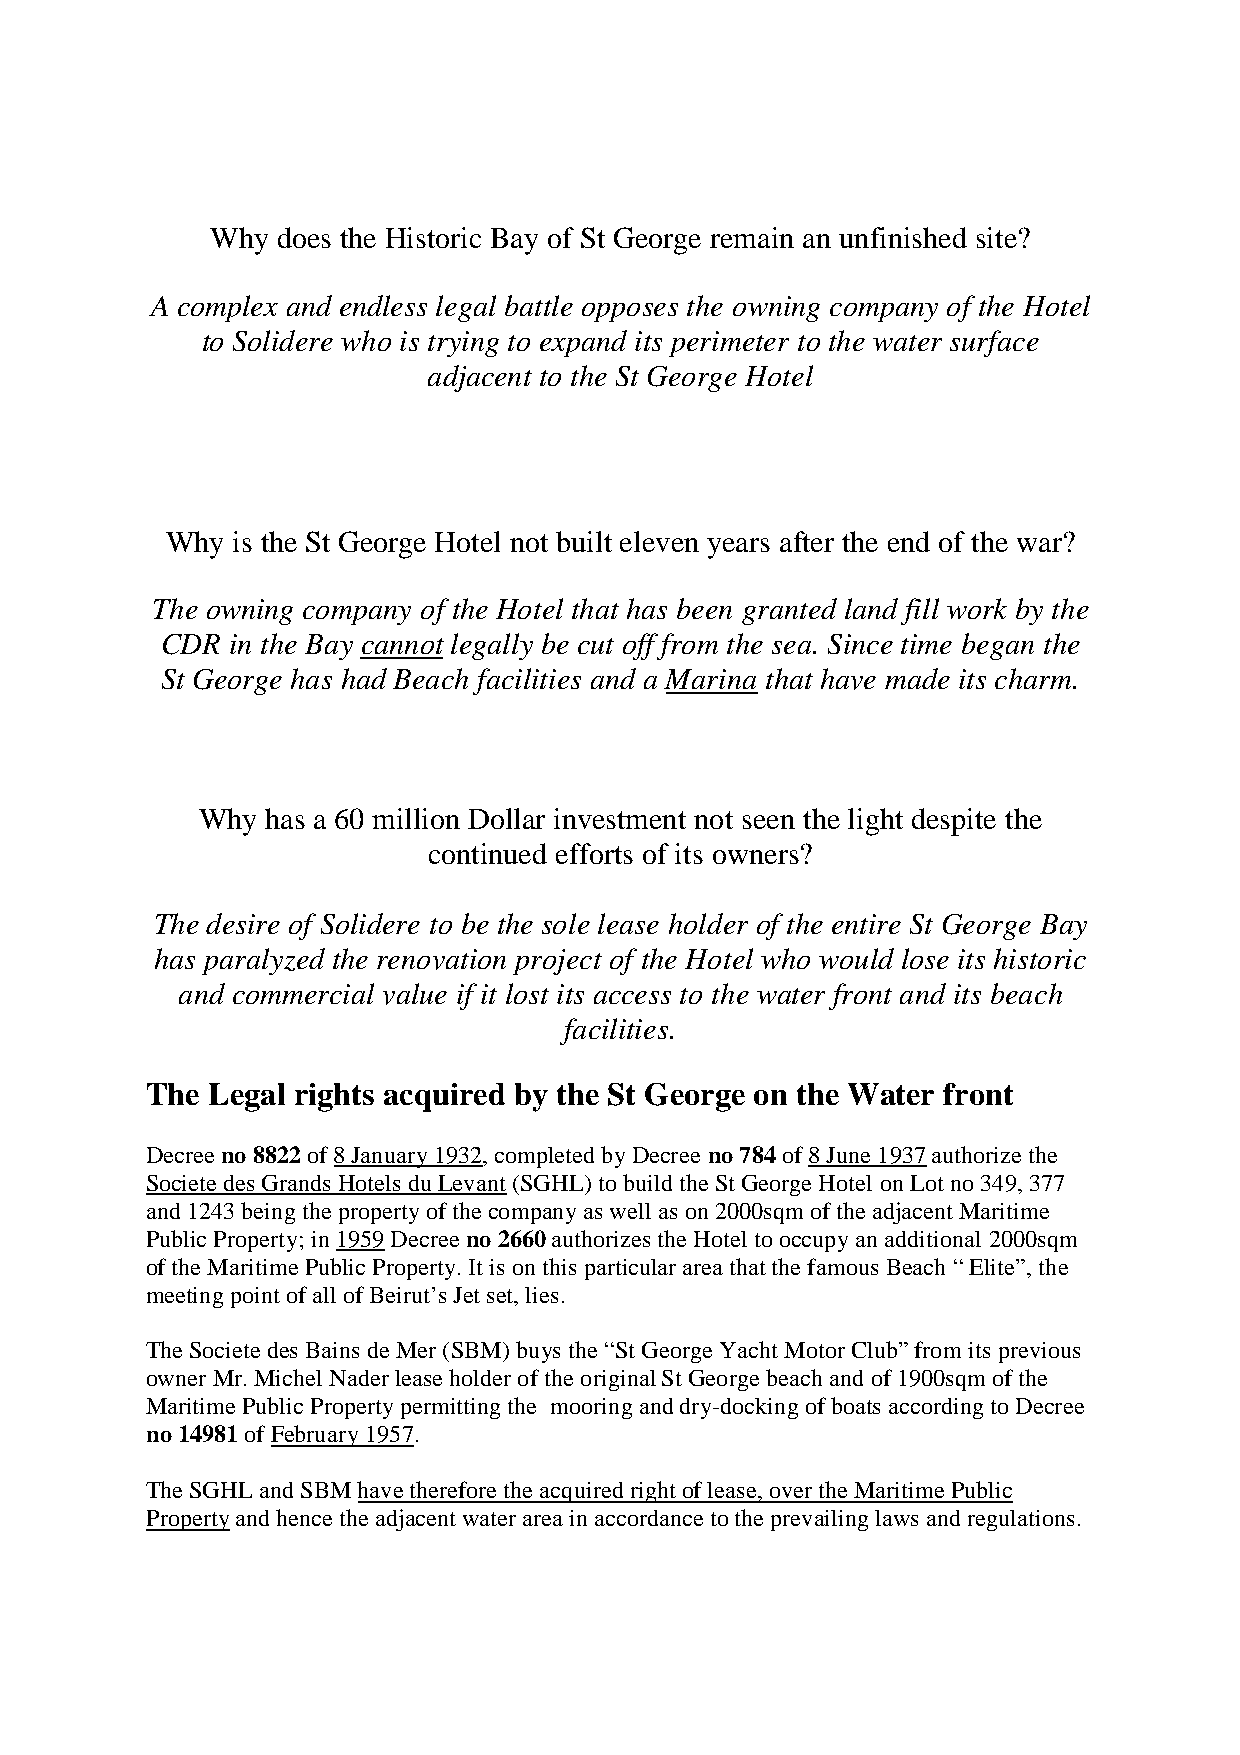
Why does the Historic Bay of St George remain an unfinished site?
 A complex and endless legal battle opposes the owning company of the Hotel
 to Solidere who is trying to expand its perimeter to the water surface
 adjacent to the St George Hotel
 Why is the St George Hotel not built eleven years after the end of the war?
 The owning company of the Hotel that has been granted land fill work by the
 CDR in the Bay cannot legally be cut off from the sea. Since time began the
 St George has had Beach facilities and a Marina that have made its charm.
 Why  has a 60 million Dollar investment not seen the light despite the
 continued efforts of its owners?
 The desire of Solidere to be the sole lease holder of the entire St George Bay
 has paralyzed the renovation project of the Hotel who would lose its historic
 and commercial value if it lost its access to the water front and its beach
 facilities.
 The Legal rights acquired by the St George on the Water front
 Decree no 8822 of 8 January 1932, completed by Decree no 784 of 8 June 1937 authorize the
 Societe des Grands Hotels du Levant (SGHL) to build the St George Hotel on Lot no 349, 377
 and 1243 being the property of the company as well as on 2000sqm of the adjacent Maritime
 Public Property; in 1959 Decree no 2660 authorizes the Hotel to occupy an additional 2000sqm
 of the Maritime Public Property. It is on this particular area that the famous Beach “ Elite”, the
 meeting point of all of Beirut’s Jet set, lies.
 The Societe des Bains de Mer (SBM) buys the “St George Yacht Motor Club” from its previous
 owner Mr. Michel Nader lease holder of the original St George beach and of 1900sqm of the
 Maritime Public Property permitting the mooring and dry-docking of boats according to Decree
 no 14981 of February 1957.
 The SGHL and SBM have therefore the acquired right of lease, over the Maritime Public
 Property and hence the adjacent water area in accordance to the prevailing laws and regulations.